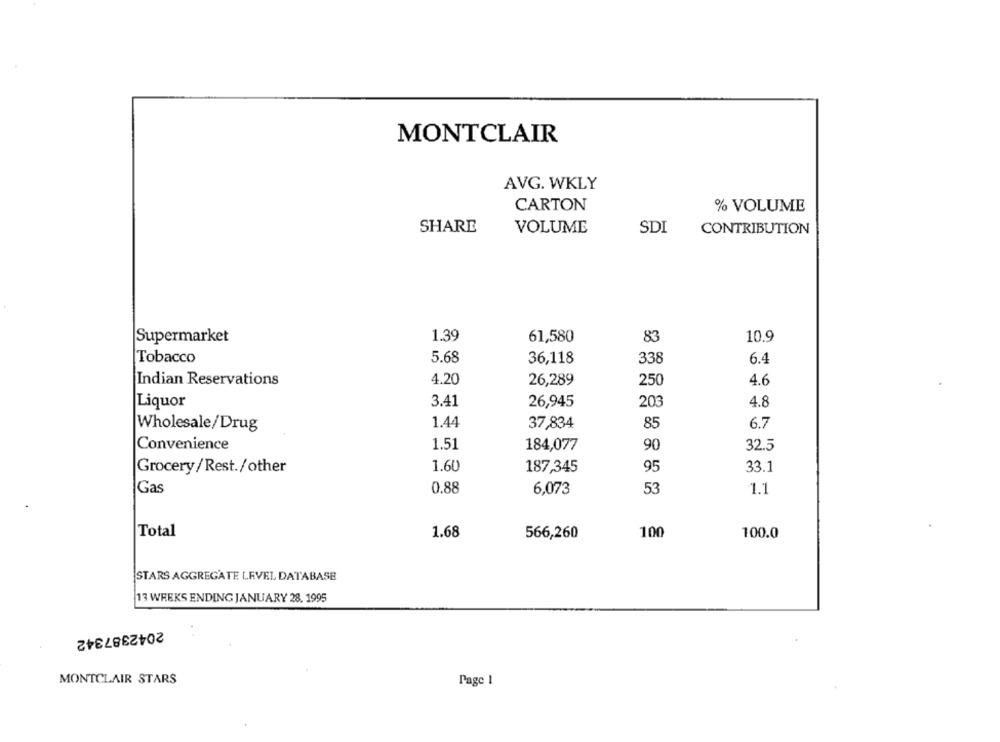
MONTCLAIR
AVG. WKLY
CARTON
% VOLUME
SHARE
VOLUME
SDI
CONTRIBUTION
Supermarket
1.39
61,580
83
10.9
Tobacco
5.68
36,118
338
6.4
Indian Reservations
4.20
26,289
250
4.6
Liquor
3.41
26,945
203
4.8
1.44
Wholesale/Drug
37,834
85
6.7
Convenience
1.51
184,077
90
32.5
1.60
187,345
95
33.1
Grocery/Rest./other
Gas
0.88
6,073
53
1 .:
Total
1.68
566,260
100
100.0
STARS AGGREGATE LEVEL DATABASE
13 WEEKS ENDING JANUARY 28. 1995
2042387342
MONTCLAIR STARS
Page 1